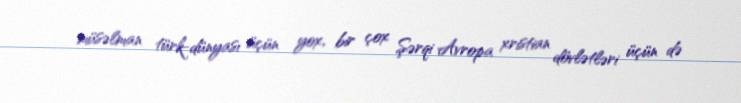
müsəlman türk-dünyası üçün yox, bir çox Şərqi Avropa xristian dövlətləri üçün də